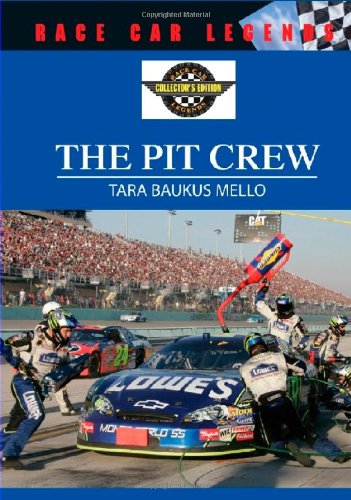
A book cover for The Pit Crew (Race Car Legends: Collector's Edition); Tara Baukus Mello; Teen & Young Adult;